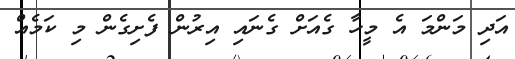
އަދި މަންމަ އެ މީހާ ގެއަށް ގެނައި އިރުން ފެށިގެން މި ކަމެއް